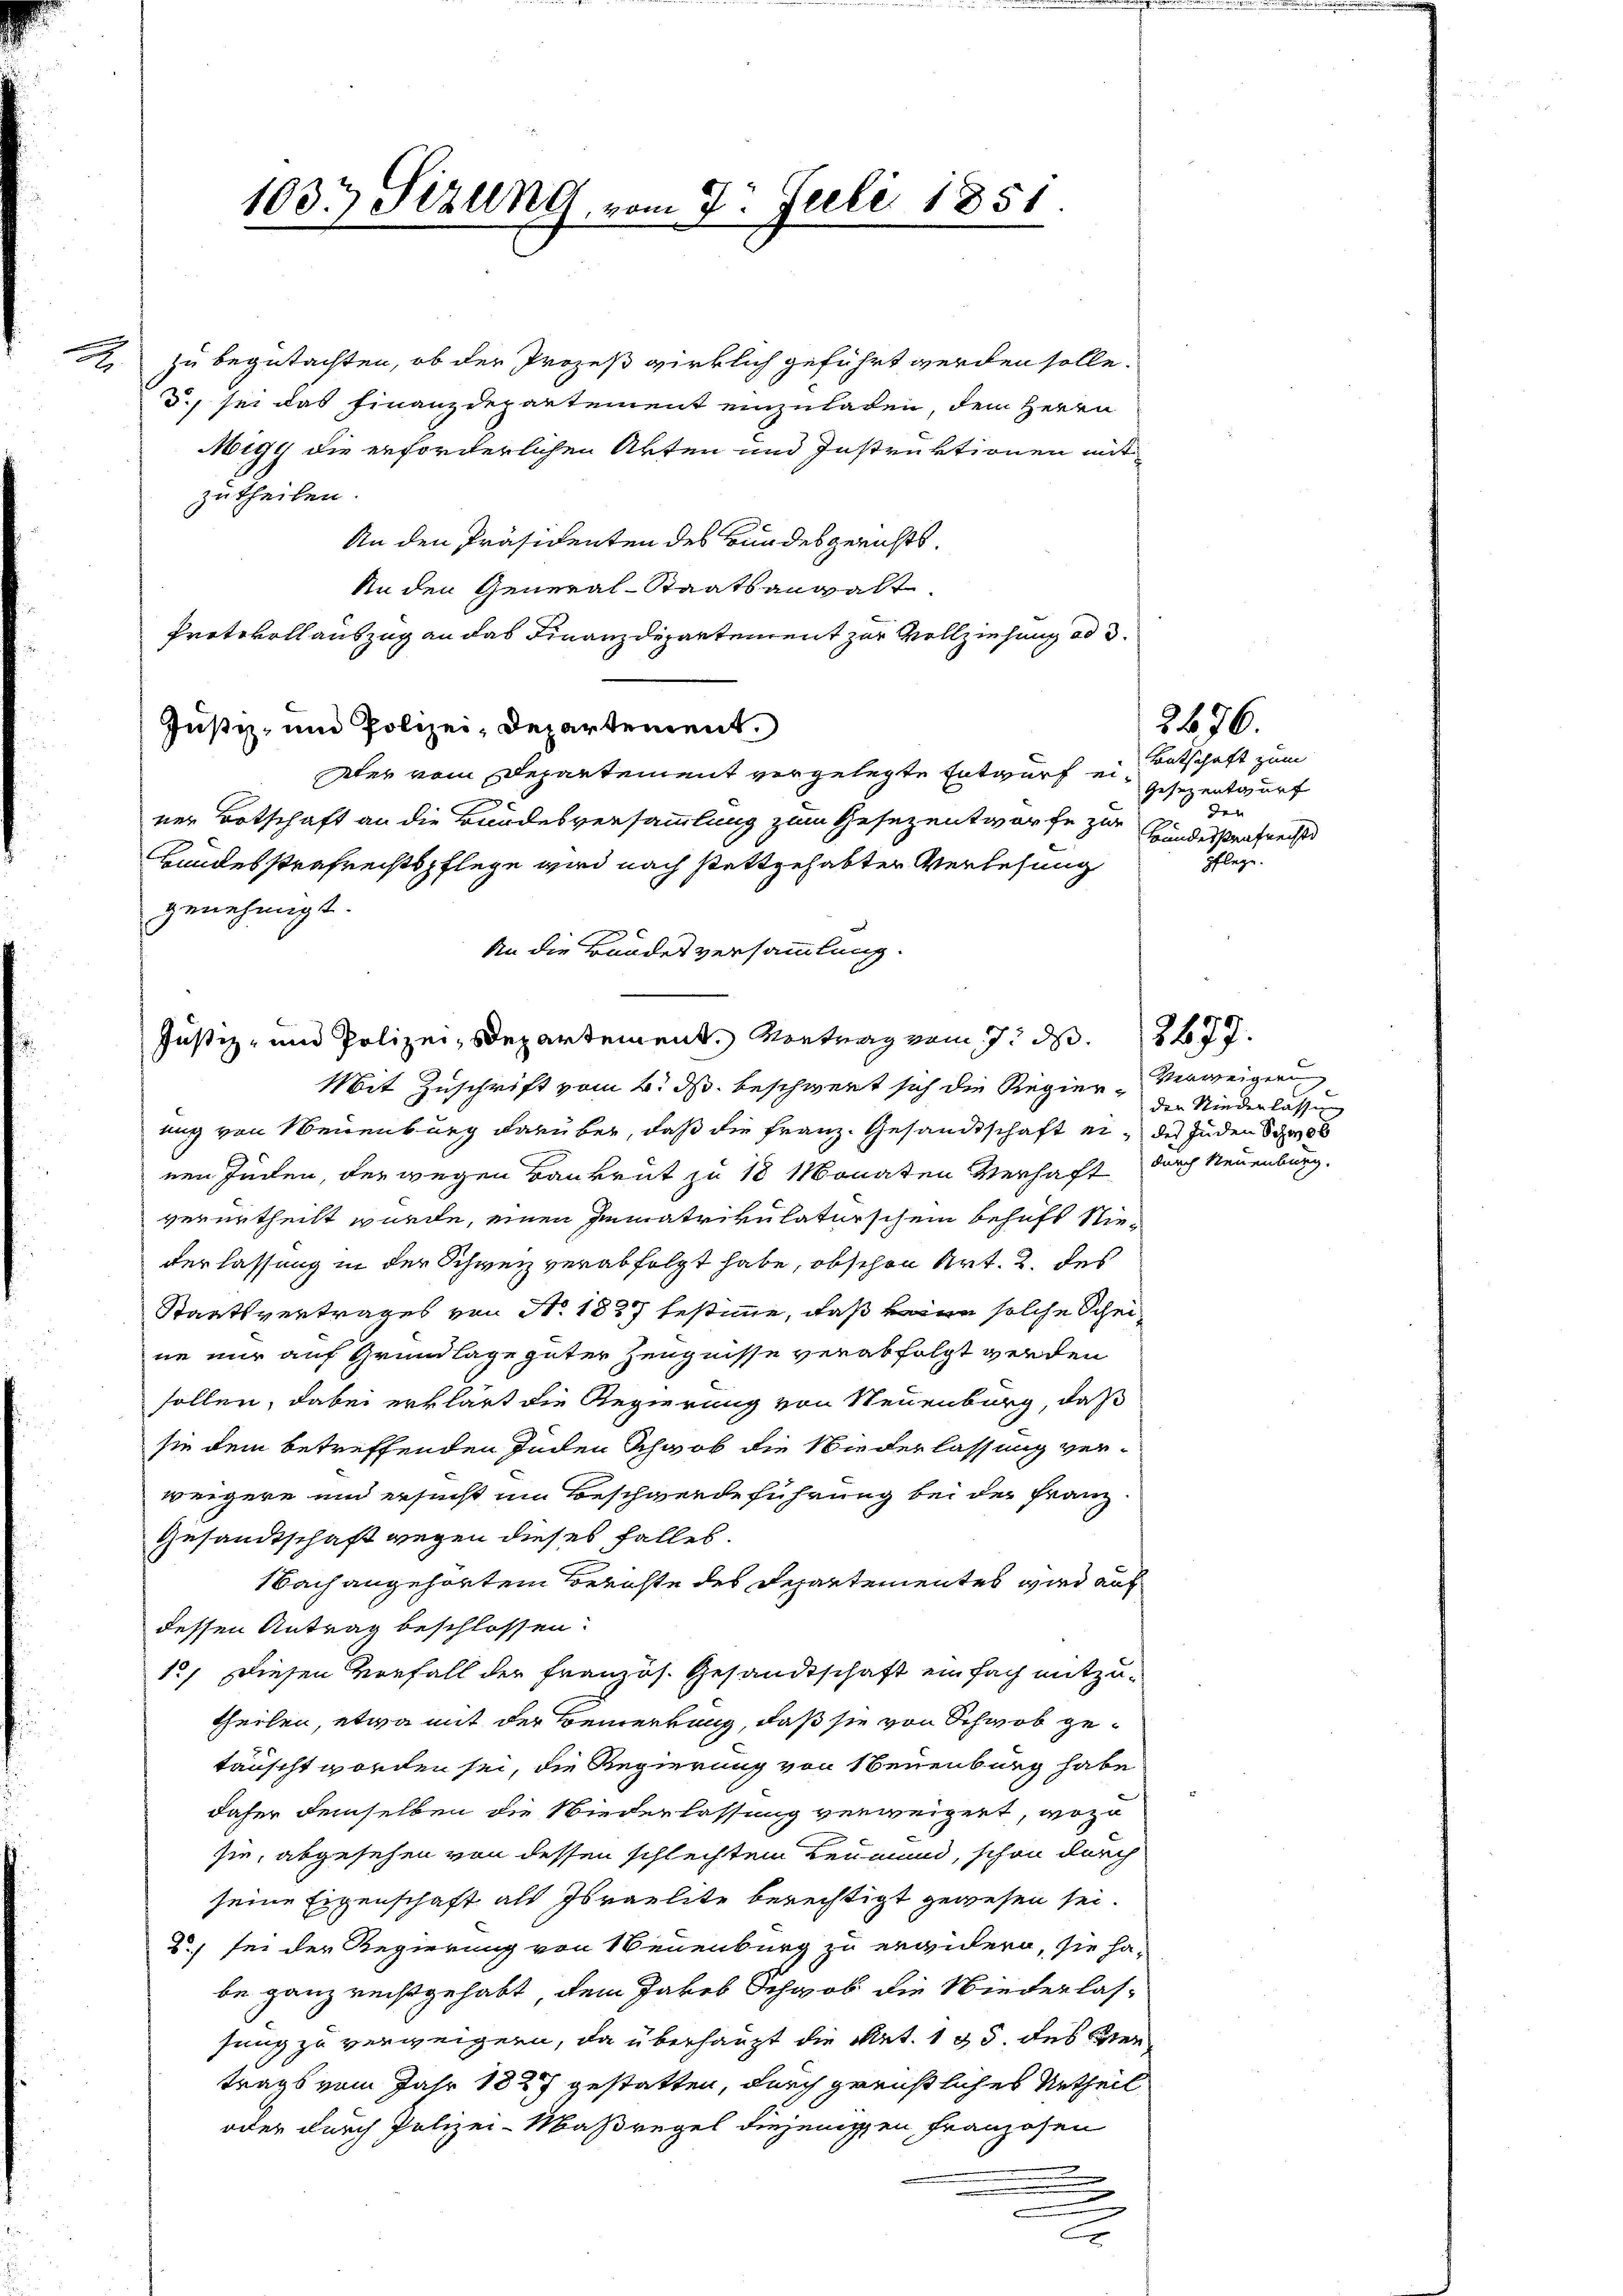
A

1033 Stzung vom 2. Juli 1851.

zu begutachten, ob der Prozeß wirklich geführt werden solle.
d., sei das Finanzdepartement einzuladen, dem Herrn
Migg die erforderlichen Akten und Instruktionen mit
zutheilen.
An den Präsidenten des Bundesgerichts¬
An den General-Staatsangalt
Protokoll auszug an das Finanzdepartement zur Vollziehung ad 3.
Justiz- und Polizei, Departement.
sler vom Departement vergelegte Entwurf einer Botschaft an die Bundesversammlung zum Gesezentworfe zur
Bundesstrafrechtspflege wird nach stattgehabter Verlesung
genehmigt.
An die Bundesversammlung.
Justiz- und Polizei-Departement. Vortrag vom 7. d. 2677.
Mit Zuschrift vom 2. ds. beschwert sich die Regier-Verweigerung
ung von Neuenburg darüber, daß die Franz. Gesandtschaft ein des Juden hab
nen Jucken, der wegen Baukrut zu 18 Monaten Verhaft durch Neuenburg,
verurtheilt wurde, einen Immatrikulaturschein behufs Nie-
derlassung in der Schweiz verabfolgt habe, obschon Art. 2. des
Staatsvertrages von No. 1827 bestimme, daß keine solche Schei-
ne nur auf Grundlage guter Zeugnisse verabfolgt werden
sollen, dabei erklärt die Regierung von Neuenburg, daß
sie dem betreffenden Inden Schwab die Wiederlassung verweigere und ersucht um Beschwerdeführung bei der Franz
Gesandtschaft wegen dieses falles.
Nach angehörtem Berichte des Departementes wird auf
dessen Antrag beschlossen:
12. Diesen Vorfall der französ. Gesandtschaft einfach mitzutheilen, etwa mit der Bemerkung, daß sie von Schwab getäuscht worden sei, die Regierung von Neuenburg habe
daher demselben die Niederlassung verweigert, wozu
sie, abgesehen von dessen schlechten Leumund, schon durch
seine Eigenschaft als Israelite berechtigt gewesen sei.
2) sei der Regierung von Neuenburg zu erwidern, sie habe ganz rechtgehabt, dem Jakob Schwab die Niederlas-
sung zu verweigern, da überhaupt die Art. 1 95 des Sentrags vom Jahr 1827 gestatten, durch gerichtliches Urtheil
oder durch Polizei-Maßregel diejenigen Franzosen
.
.
.
.
f

2476.
Entschaft zum
Gesezentwurf
den
7
Handesstaufrecht
pflege.

der Niederlassen